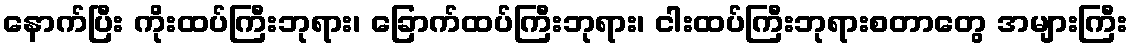
နောက်ပြီး ကိုးထပ်ကြီးဘုရား၊ ခြောက်ထပ်ကြီးဘုရား၊ ငါးထပ်ကြီးဘုရားစတာတွေ အများကြီး